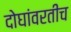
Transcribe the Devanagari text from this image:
दोघांवरतीच